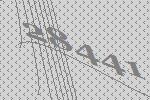
28441